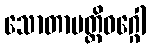
သောတာပတ္တိဝဂ္ဂေါ